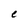
Character: e